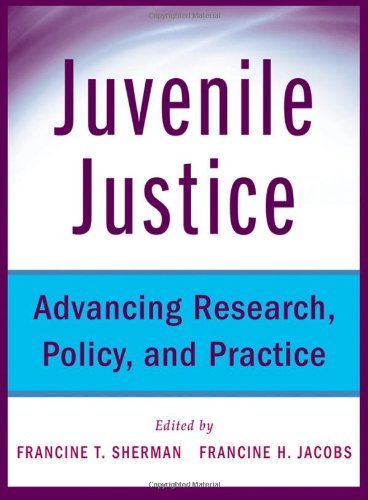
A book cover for Juvenile Justice: Advancing Research, Policy, and Practice; Francine Sherman; Law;